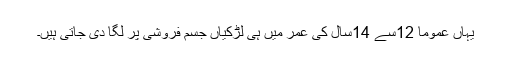
یہاں عموماً 12سے 14سال کی عمر میں ہی لڑکیاں جسم فروشی پر لگا دی جاتی ہیں۔